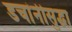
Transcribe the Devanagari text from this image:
डचांनीसुद्धा